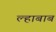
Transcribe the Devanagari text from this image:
ल्हाबाब